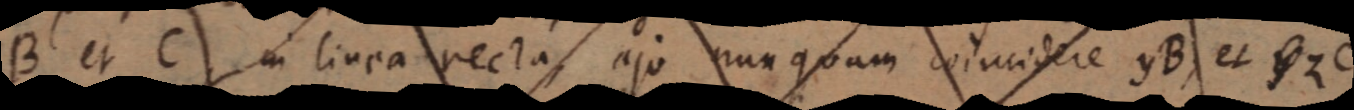
B et C in linea recta, ajo nunquam coincidere yB, et _ ZC